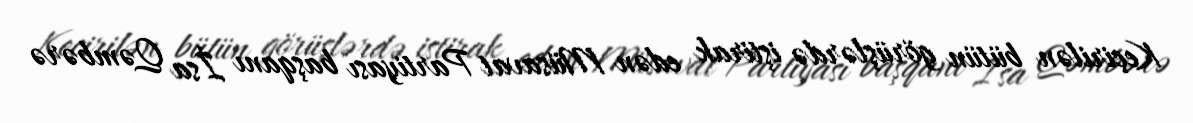
Keçirilən bütün görüşlərdə iştirak edən Müsavat Partiyası başqanı İsa Qəmbərə